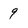
Character: 9